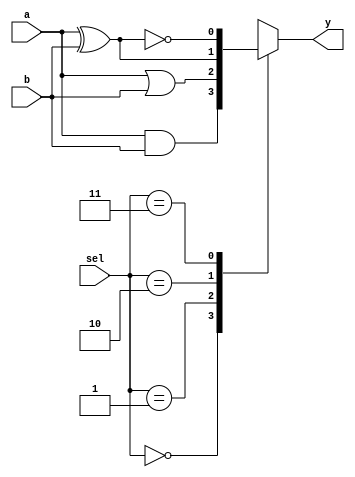
//
`timescale 1ns/10ps;
module fn_sw_4(a, b, sel, y);
input a;
input b;
input[1:0] sel;
output y;
reg y;
always@(a or b or sel)begin
	case(sel)
	2'b00:begin	y<=a&b;	end
	2'b01:begin	y<=a|b;	end
	2'b10:begin	y<=a^b;	end
	2'b11:begin	y<=~(a^b); end
	endcase
end
endmodule

//-------------testbench of fn_sw_4-------
module fn_sw_4_tb;
reg[3:0]	absel;
wire	y;
fn_sw_4 fn_sw_4(.a(absel[0]),.b(absel[1]),.sel(absel[3:2]),.y(y));

initial begin
	absel<=0;
	#200	$stop;
end

always #10 absel<=absel+1;
endmodule